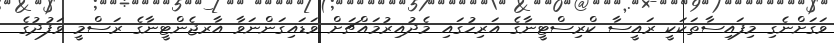
ވަގަށްނެގި މިފައިސާތަކަކީ ރައީސާ ކްރިސްޓީނާގެ އަރިހުގައި މެދުއިރުމައްޗަށް ވަޑައިގަންނަވާ އާރޖެންޓީނާގެ ރަސްމީ ވަފުދުގެ